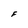
Character: F